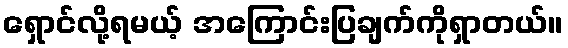
ရှောင်လို့ရမယ့် အကြောင်းပြချက်ကိုရှာတယ်။